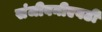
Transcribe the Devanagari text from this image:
संजीवनीएवढी